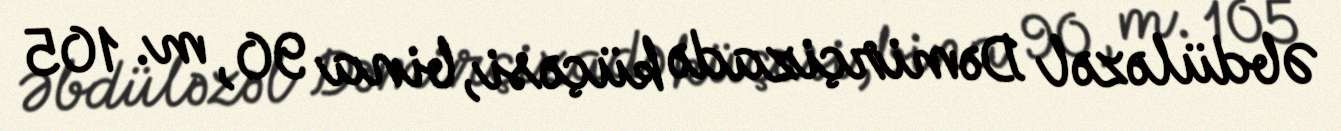
Əbdüləzəl Dəmirçizadə küçəsi, bina 90, m. 105